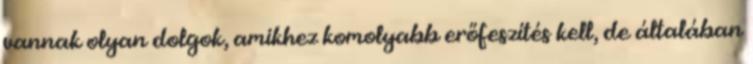
vannak olyan dolgok, amikhez komolyabb erőfeszítés kell, de általában